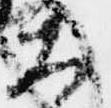
大